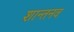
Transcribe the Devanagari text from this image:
शान्तनव